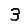
Digit: 3